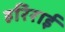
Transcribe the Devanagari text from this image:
हरिराई